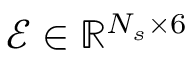
\mathcal { E } \in \mathbb { R } ^ { N _ { s } \times 6 }